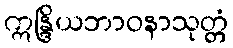
ဣန္ဒြိယဘာဝနာသုတ္တံ